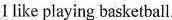
I like playing basketball.